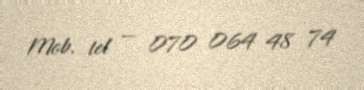
Mob. tel — 070 064 48 74